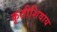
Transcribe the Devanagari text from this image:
कृतीशिवाय